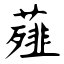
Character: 薤